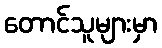
တောင်သူများမှာ